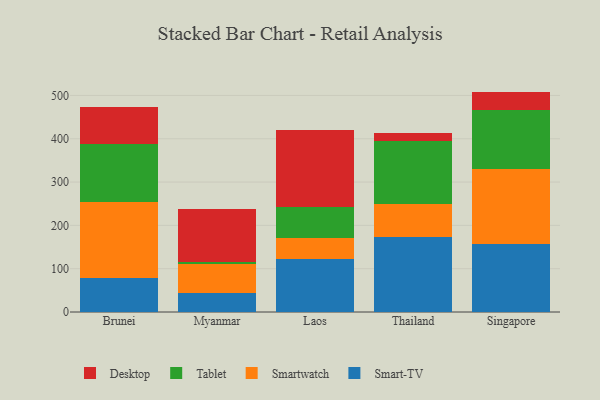
{"axis": {"x": "Country", "y": "LTV (USD)"}, "legend": ["Desktop", "Smart-TV", "Smartwatch", "Tablet"], "data": [{"x": "Brunei", "y": 77.8, "type": "Smart-TV"}, {"x": "Brunei", "y": 175.9, "type": "Smartwatch"}, {"x": "Brunei", "y": 135.0, "type": "Tablet"}, {"x": "Brunei", "y": 85.1, "type": "Desktop"}, {"x": "Myanmar", "y": 43.3, "type": "Smart-TV"}, {"x": "Myanmar", "y": 67.1, "type": "Smartwatch"}, {"x": "Myanmar", "y": 5.6, "type": "Tablet"}, {"x": "Myanmar", "y": 122.7, "type": "Desktop"}, {"x": "Laos", "y": 122.0, "type": "Smart-TV"}, {"x": "Laos", "y": 49.6, "type": "Smartwatch"}, {"x": "Laos", "y": 71.3, "type": "Tablet"}, {"x": "Laos", "y": 177.7, "type": "Desktop"}, {"x": "Thailand", "y": 174.2, "type": "Smart-TV"}, {"x": "Thailand", "y": 74.8, "type": "Smartwatch"}, {"x": "Thailand", "y": 146.1, "type": "Tablet"}, {"x": "Thailand", "y": 18.7, "type": "Desktop"}, {"x": "Singapore", "y": 155.9, "type": "Smart-TV"}, {"x": "Singapore", "y": 175.2, "type": "Smartwatch"}, {"x": "Singapore", "y": 135.2, "type": "Tablet"}, {"x": "Singapore", "y": 42.6, "type": "Desktop"}]}